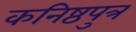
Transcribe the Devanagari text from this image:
कनिष्ठपुत्र